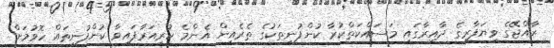
ރާއްޖޭގެ ވިޔަފާރީގެ ދާއިރާގައި މަސައްކަތްކުރާ ކުންފުނިތަކުގެ ތެރެއިން އެންމެ ކުރިއަރާފައިވާ ކުންފުނިތައް ހޮވުމަށް